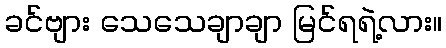
ခင်ဗျား သေသေချာချာ မြင်ရရဲ့လား။